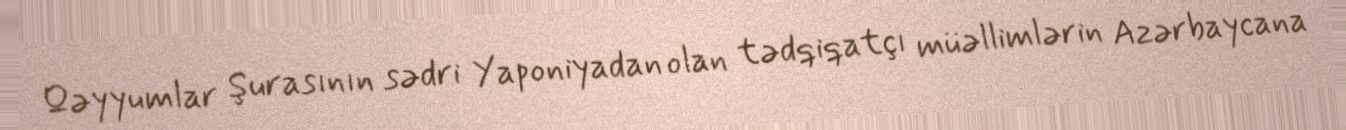
Qəyyumlar Şurasının sədri Yaponiyadan olan tədqiqatçı müəllimlərin Azərbaycana